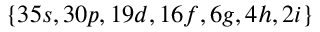
\{ 3 5 s , 3 0 p , 1 9 d , 1 6 f , 6 g , 4 h , 2 i \}